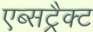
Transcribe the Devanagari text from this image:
एब्सट्रैक्ट